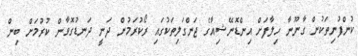
ކުންފުނިތަކުން ގާނޫނާ ހިލާފަށް އިންޑޮނޭޝިއާގެ ޖަންގަލިތަކުގައި ރޯކުރަމުން ދަނީ ދަނޑުގޮވާން ކުރުމަށް ބިން